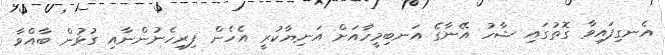
އެނގިފައިވާ ގޮތުގައި ޝާހު އޭނާގެ އަނބިމީހާއަށް އަނިޔާކުރީ އެހެން ފިރިހެނުންނާއި ގުޅުން ބާއްވާ